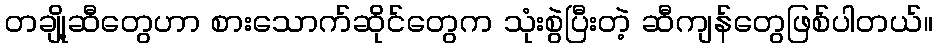
တချို့ဆီတွေဟာ စားသောက်ဆိုင်တွေက သုံးစွဲပြီးတဲ့ ဆီကျန်တွေဖြစ်ပါတယ်။